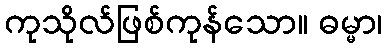
ကုသိုလ်ဖြစ်ကုန်သော။ ဓမ္မာ၊